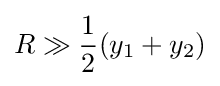
R\gg {\frac {1}{2}}(y_{1}+y_{2})